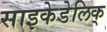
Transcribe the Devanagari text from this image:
साइकेडेलिक्